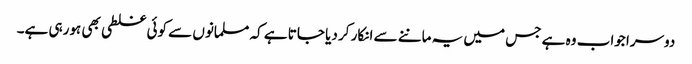
دوسرا جواب وہ ہے جس میں یہ ماننے سے انکار کر دیا جاتا ہے کہ مسلمانوں سے کوئی غلطی بھی ہورہی ہے۔